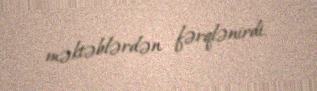
məktəblərdən fərqlənirdi.